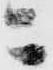
ニ